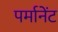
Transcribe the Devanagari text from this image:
पर्मानेंट